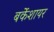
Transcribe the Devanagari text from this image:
बर्केशायर